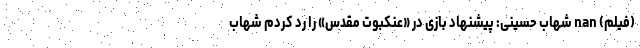
(فیلم) nan شهاب حسینی: پیشنهاد بازی در «عنکبوت مقدس» را رد کردم شهاب